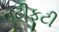
તૂટીફૂટી